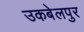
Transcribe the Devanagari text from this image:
उकबेलपुर